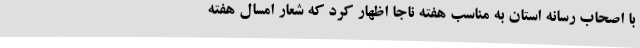
با اصحاب رسانه استان به مناسب هفته ناجا اظهار کرد که شعار امسال هفته